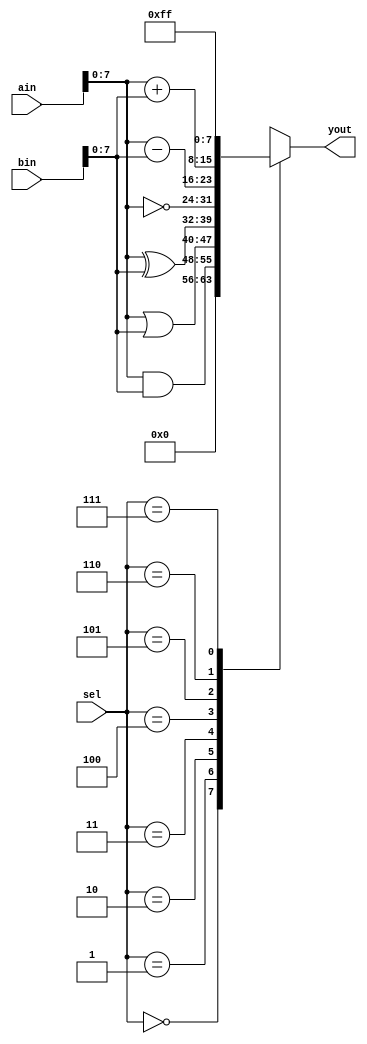
module 	eight_bit_ALU (yout, ain, bin, sel);

output 	reg [7:0]yout;
input	[15:0]ain,bin;
input	[2:0]sel;

always	@(ain,bin,sel)
	case(sel)
		3'b000:	yout = 8'b0;
		3'b001: yout = ain & bin;
		3'b010: yout = ain | bin;
		3'b011: yout = ain ^ bin;		 
		3'b100: yout = ~ain;
		3'b101: yout = ain - bin;
		3'b110: yout = ain + bin;
		3'b111: yout = 8'hFF;
	endcase
endmodule